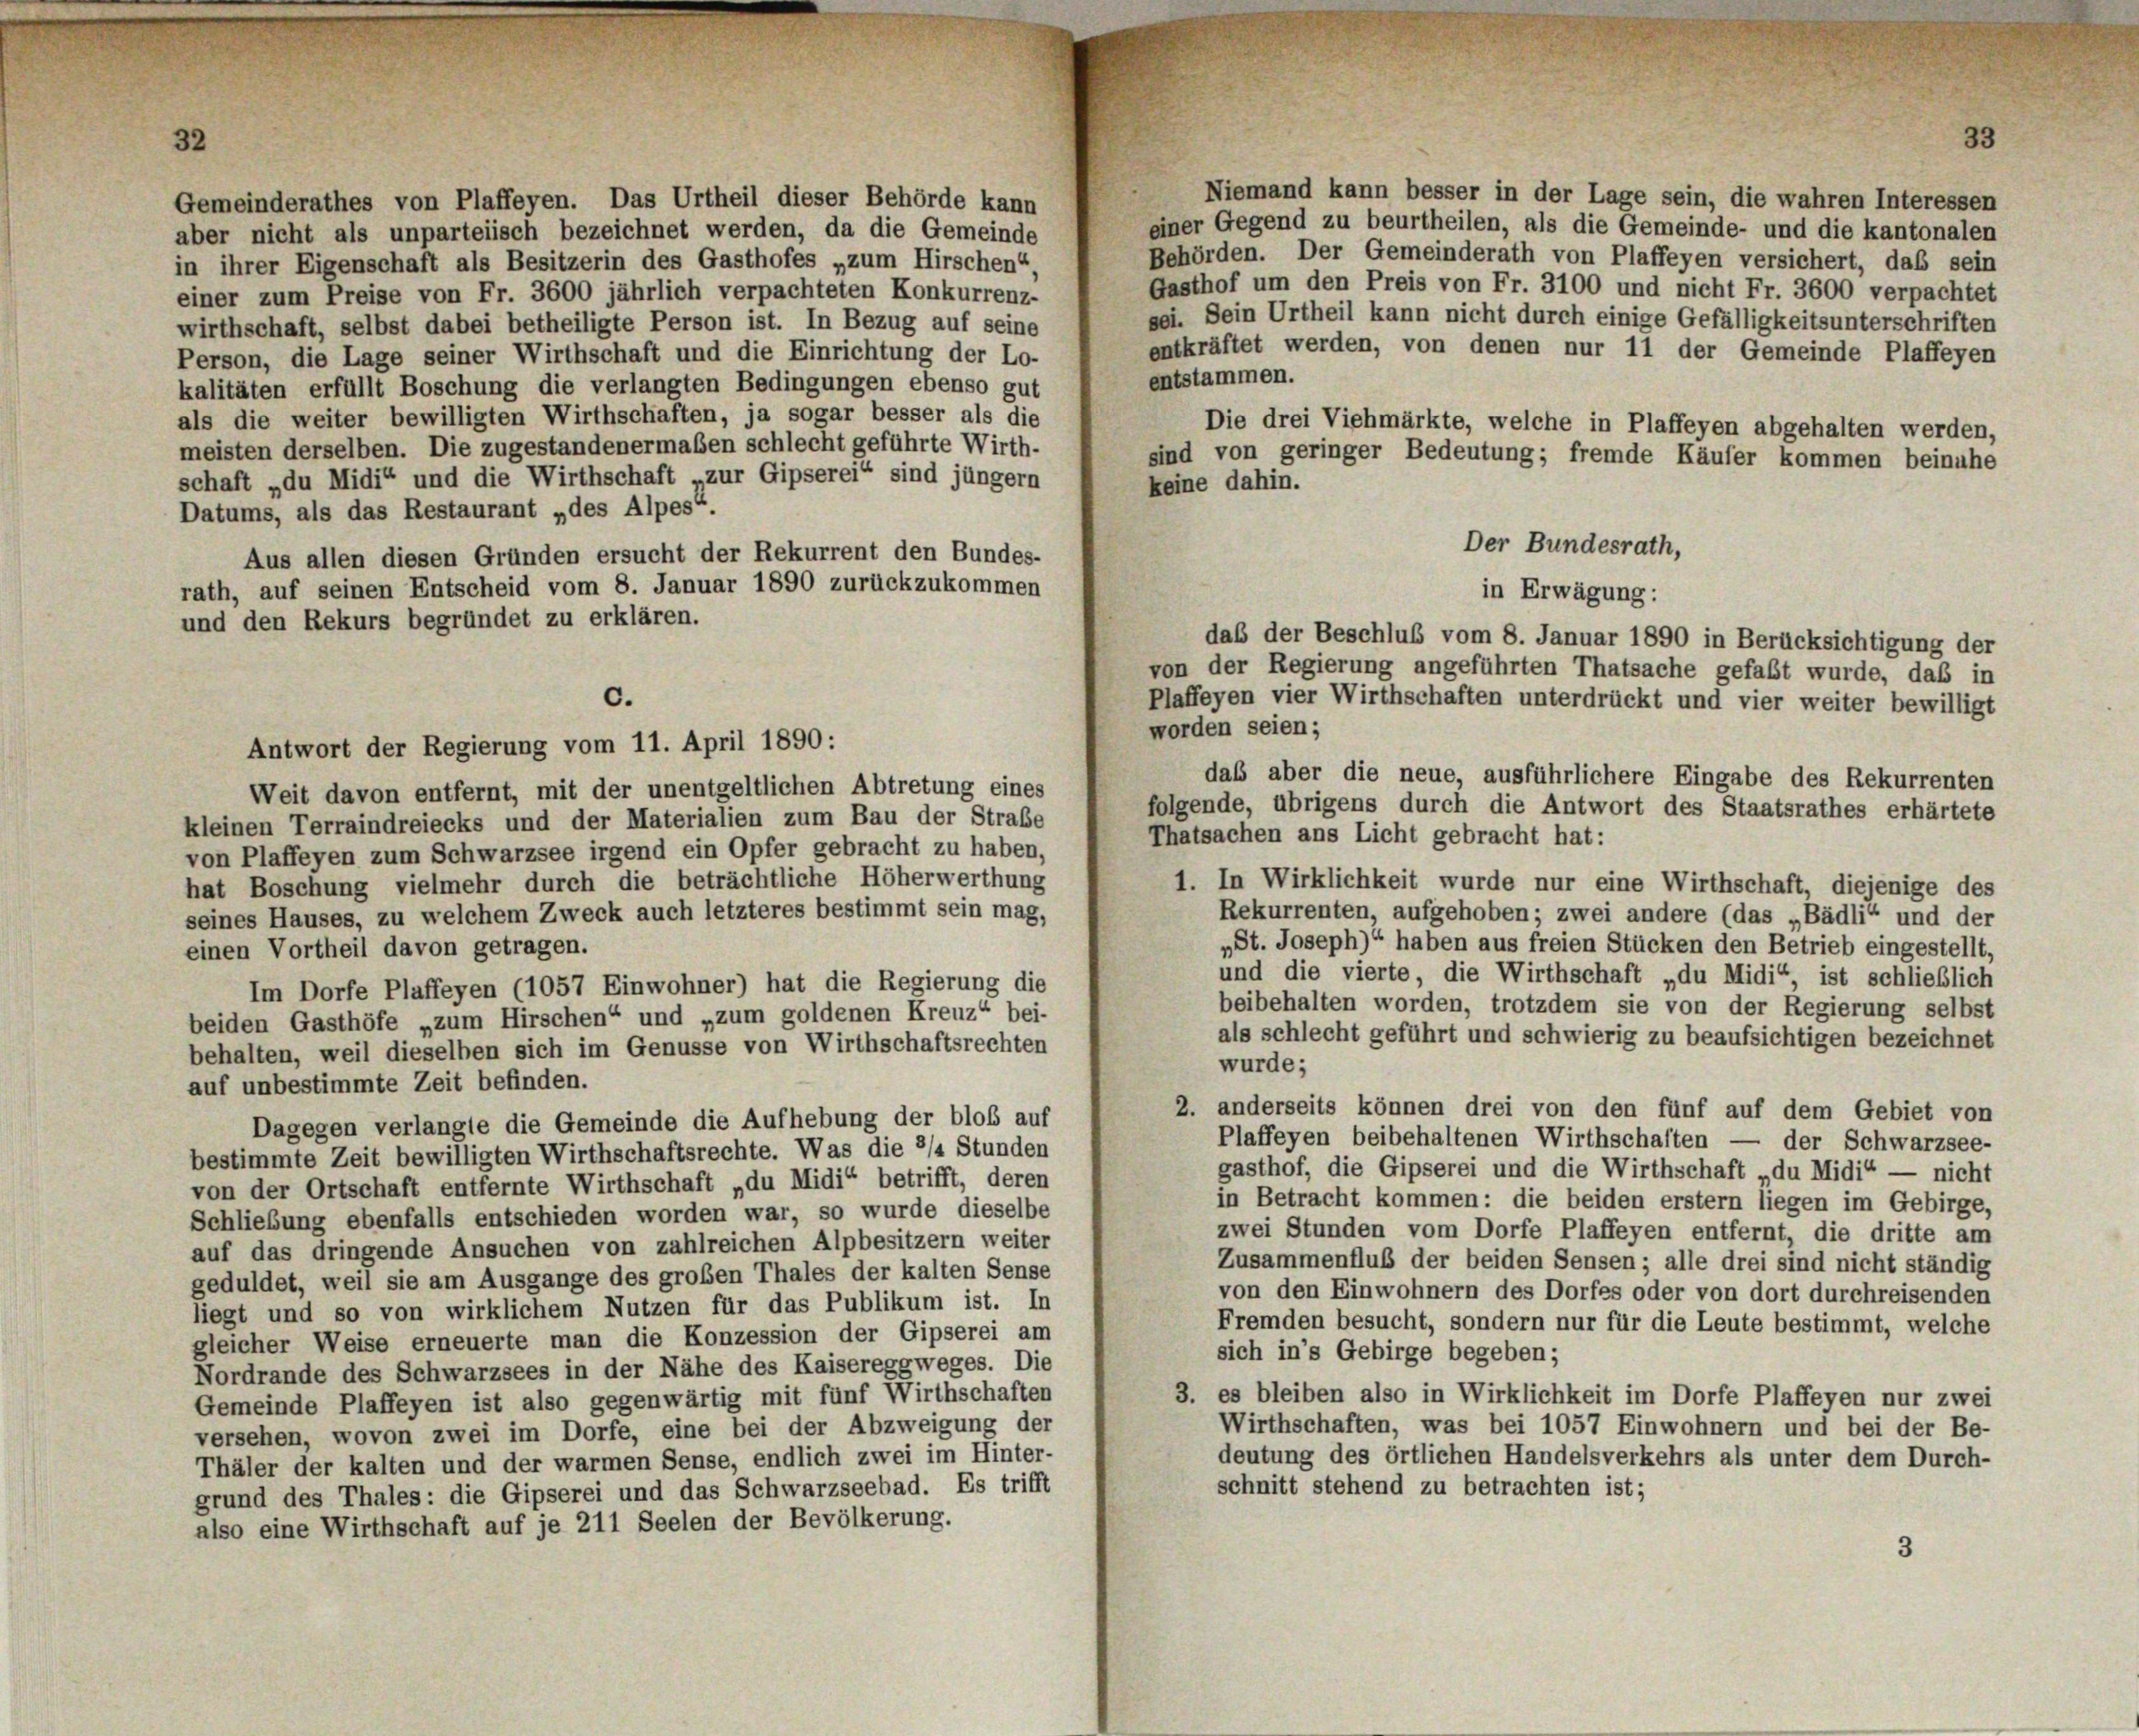
Niemand kann besser in der Lage sein, die wahren Interessen
Gemeinderathes von Plaffeyen. Das Urtheil dieser Behörde kann
einer Gegend zu beurtheilen, als die Gemeinde- und die kantonalen
aber nicht als unparteiisch bezeichnet werden, da die Gemeinde
Behörden. Der Gemeinderath von Plaffeyen versichert, daß sein
in ihrer Eigenschaft als Besitzerin des Gasthofes „zum Hirschen“.
Gasthof um den Preis von Fr. 3100 und nicht Fr. 3600 verpachtet
einer zum Preise von Fr. 3600 jährlich verpachteten Konkurrenz-
sei. Sein Urtheil kann nicht durch einige Gefälligkeitsunterschriften
wirthschaft, selbst dabei betheiligte Person ist. In Bezug auf seine
entkräftet werden, von denen nur 11 der Gemeinde Plaffeyen
Person, die Lage seiner Wirthschaft und die Einrichtung der Lo-
entstammen.
kalitäten erfüllt Boschung die verlangten Bedingungen ebenso gut
als die weiter bewilligten Wirthschaften, ja sogar besser als die
Die drei Viehmärkte, welche in Plaffeyen abgehalten werden,
meisten derselben. Die zugestandenermaßen schlecht geführte Wirth-
sind von geringer Bedeutung; fremde Käufer kommen beinahe
schaft „du Midi“ und die Wirthschaft „zur Gipserei“ sind jüngern
keine dahin.
Datums, als das Restaurant „des Alpes“.
Der Bundesrath,
Aus allen diesen Gründen ersucht der Rekurrent den Bundes-
rath, auf seinen Entscheid vom 8. Januar 1890 zurückzukommen
in Erwägung:
und den Rekurs begründet zu erklären.
daß der Beschluß vom 8. Januar 1890 in Berücksichtigung der
von der Regierung angeführten Thatsache gefaßt wurde, daß in
Plaffeyen vier Wirthschaften unterdrückt und vier weiter bewilligt
worden seien;
das aber die neue, ausführlichere Eingabe des Rekurrenten
Weit davon entfernt, mit der unentgeltlichen Abtretung eines
folgende, übrigens durch die Antwort des Staatsrathes erhärtete
kleinen Terraindreiecks und der Materialien zum Bau der Strabe
Thatsachen ans Licht gebracht hat:
von Plaffeyen zum Schwarzsee irgend ein Opfer gebracht zu haben,
hat Boschung vielmehr durch die beträchtliche Höherwerthung
1. In Wirklichkeit wurde nur eine Wirthschaft, diejenige des
Rekurrenten, aufgehoben; zwei andere (das „Bädli“ und der
seines Hauses, zu welchem Zweck auch letzteres bestimmt sein mag,
„St. Joseph)“ haben aus freien Stücken den Betrieb eingestellt,
einen Vortheil davon getragen.
und die vierte, die Wirthschaft „du Midi“, ist schließlich
Im Dorfe Plaffeyen (1057 Einwohner) hat die Regierung die
beibehalten worden, trotzdem sie von der Regierung selbst
beiden Gasthöfe „zum Hirschen“ und „zum goldenen Kreuz“ bei-
als schlecht geführt und schwierig zu beaufsichtigen bezeichnet
behalten, weil dieselben sich im Genüsse von Wirthschaftsrechten
wurde;
auf unbestimmte Zeit befinden.
2. anderseits können drei von den fünf auf dem Gebiet von
Dagegen verlangte die Gemeinde die Aufhebung der bloß auf
Plaffeyen beibehaltenen Wirthschaften — der Schwarzsee-
bestimmte Zeit bewilligten Wirthschaftsrechte. Was die 3/4 Stunden
gasthof, die Gipserei und die Wirthschaft „du Midi“ — nicht
von der Ortschaft entfernte Wirthschaft „du Midi“ betrifft, deren
in Betracht kommen: die beiden erstem liegen im Gebirge,
Schließung ebenfalls entschieden worden war, so wurde dieselbe
zwei Stunden vom Dorfe Plaffeyen entfernt, die dritte am
auf das dringende Ansuchen von zahlreichen Alpbesitzern weiter
Zusammenfluß der beiden Sensen; alle drei sind nicht ständig
geduldet, weil sie am Ausgange des großen Thales der kalten Sense
von den Einwohnern des Dorfes oder von dort durchreisenden
liegt und so von wirklichem Nutzen für das Publikum ist. In
Fremden besucht, sondern nur für die Leute bestimmt, welche
gleicher Weise erneuerte man die Konzession der Gipserei am
sich in’s Gebirge begeben;
Nordrande des Schwarzsees in der Nähe des Kaisereggweges. Die
3. es bleiben also in Wirklichkeit im Dorfe Plaffeyen nur zwei
Gemeinde Plaffeyen ist also gegenwärtig mit fünf Wirthschaften
Wirthschaften, was bei 1057 Einwohnern und bei der Be-
versehen, wovon zwei im Dorfe, eine bei der Abzweigung der
deutung des örtlichen Handelsverkehrs als unter dem Durch-
Thäler der kalten und der warmen Sense, endlich zwei im Hinter-
schnitt stehend zu betrachten ist;
grund des Thales: die Gipserei und das Schwarzseebad. Es trifft
also eine Wirthschaft auf je 211 Seelen der Bevölkerung.

c.
Antwort der Regierung vom 11. April 1890: